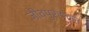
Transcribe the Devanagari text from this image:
जीवपुरुषकृत